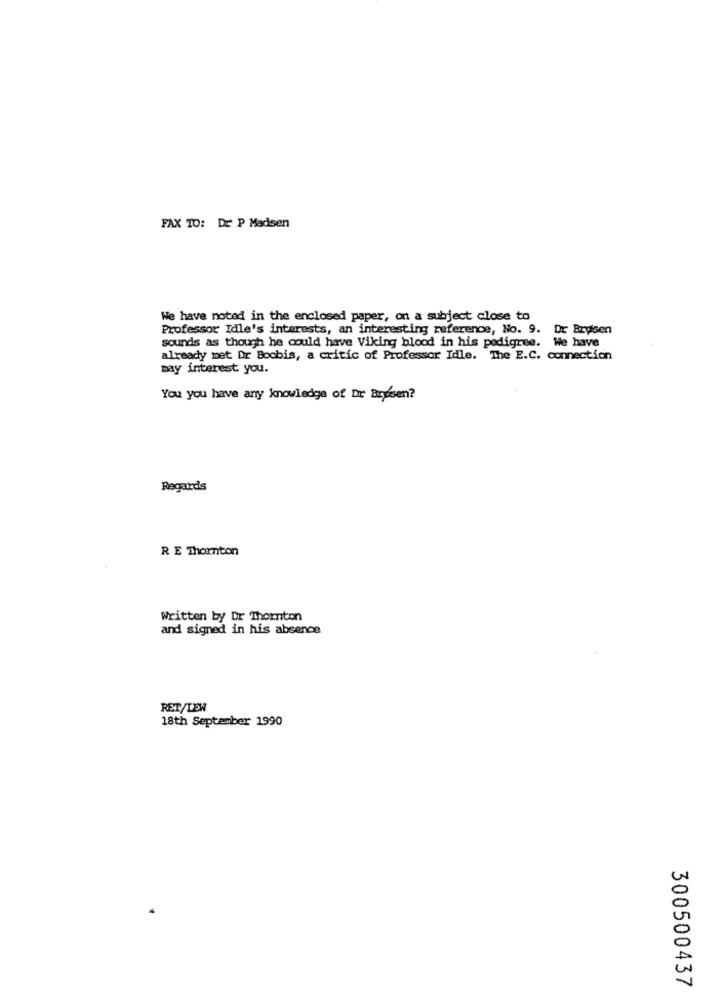
FAX TO: Dr P Madsen
We have noted in the enclosed paper, on a subject close to
Professor Idle's interests, an interesting reference, No. 9. Dr Bryisen
sounds as though he could have Viking blood in his pedigree. We have
already met Dr Boobis, a critic of Professor Idle. The E.C. connection
may interest you.
You you have any knowledge of Dr andsen?
Regards
R E Thornton
Written by Dr Thornton
and signed in his absence
RET/LEW
18th September 1990
300500437